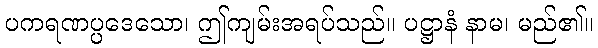
ပကရဏပ္ပဒေသော၊ ဤကျမ်းအရပ်သည်။ ပဋ္ဌာနံ နာမ၊ မည်၏။